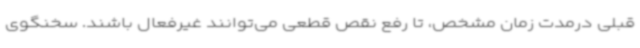
قبلی درمدت زمان مشخص، تا رفع نقص قطعی می‌توانند غیرفعال باشند. سخنگوی